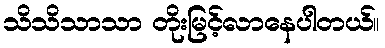
သိသိသာသာ တိုးမြင့်လာနေပါတယ်။